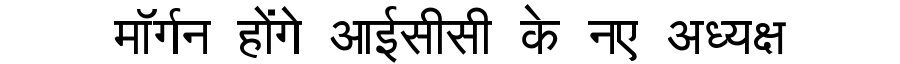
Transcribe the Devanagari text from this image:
मॉर्गन होंगे आईसीसी के नए अध्यक्ष